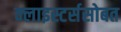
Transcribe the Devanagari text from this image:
क्लाइस्टर्ससोबत